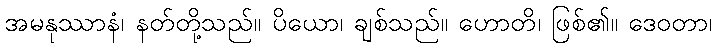
အမနုဿာနံ၊ နတ်တို့သည်။ ပိယော၊ ချစ်သည်။ ဟောတိ၊ ဖြစ်၏။ ဒေဝတာ၊